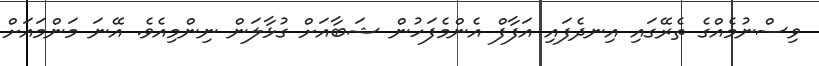
ވިސްނުމެއްގެ ތެރޭގައި އިނދެފައި އަފާފް އެންމެފަހުން ޝަބާއަށް ގުޅާލަން ނިންމިއެވެ. އޭނަ މަންމައަށް